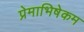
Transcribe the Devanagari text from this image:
प्रेमाभिषेकम